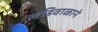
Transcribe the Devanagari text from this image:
लडिवाळाने